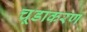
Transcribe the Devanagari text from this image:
चूडाकरण